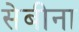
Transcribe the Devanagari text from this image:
सेबीना